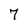
Character: 7